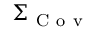
\Sigma _ { \mathrm { ~ C ~ o ~ v ~ } }